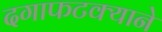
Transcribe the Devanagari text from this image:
दगाफटक्याने